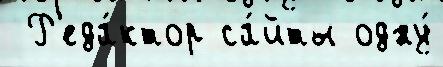
 Р'еда́ктор са́йты одну́